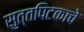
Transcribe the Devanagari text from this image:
सुत्तपिटकाचे